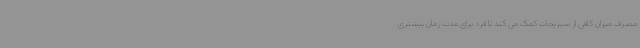
مصرف میزان کافی از سبزیجات کمک می کند تا فرد برای مدت زمان بیشتری